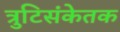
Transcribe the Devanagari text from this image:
त्रुटिसंकेतक